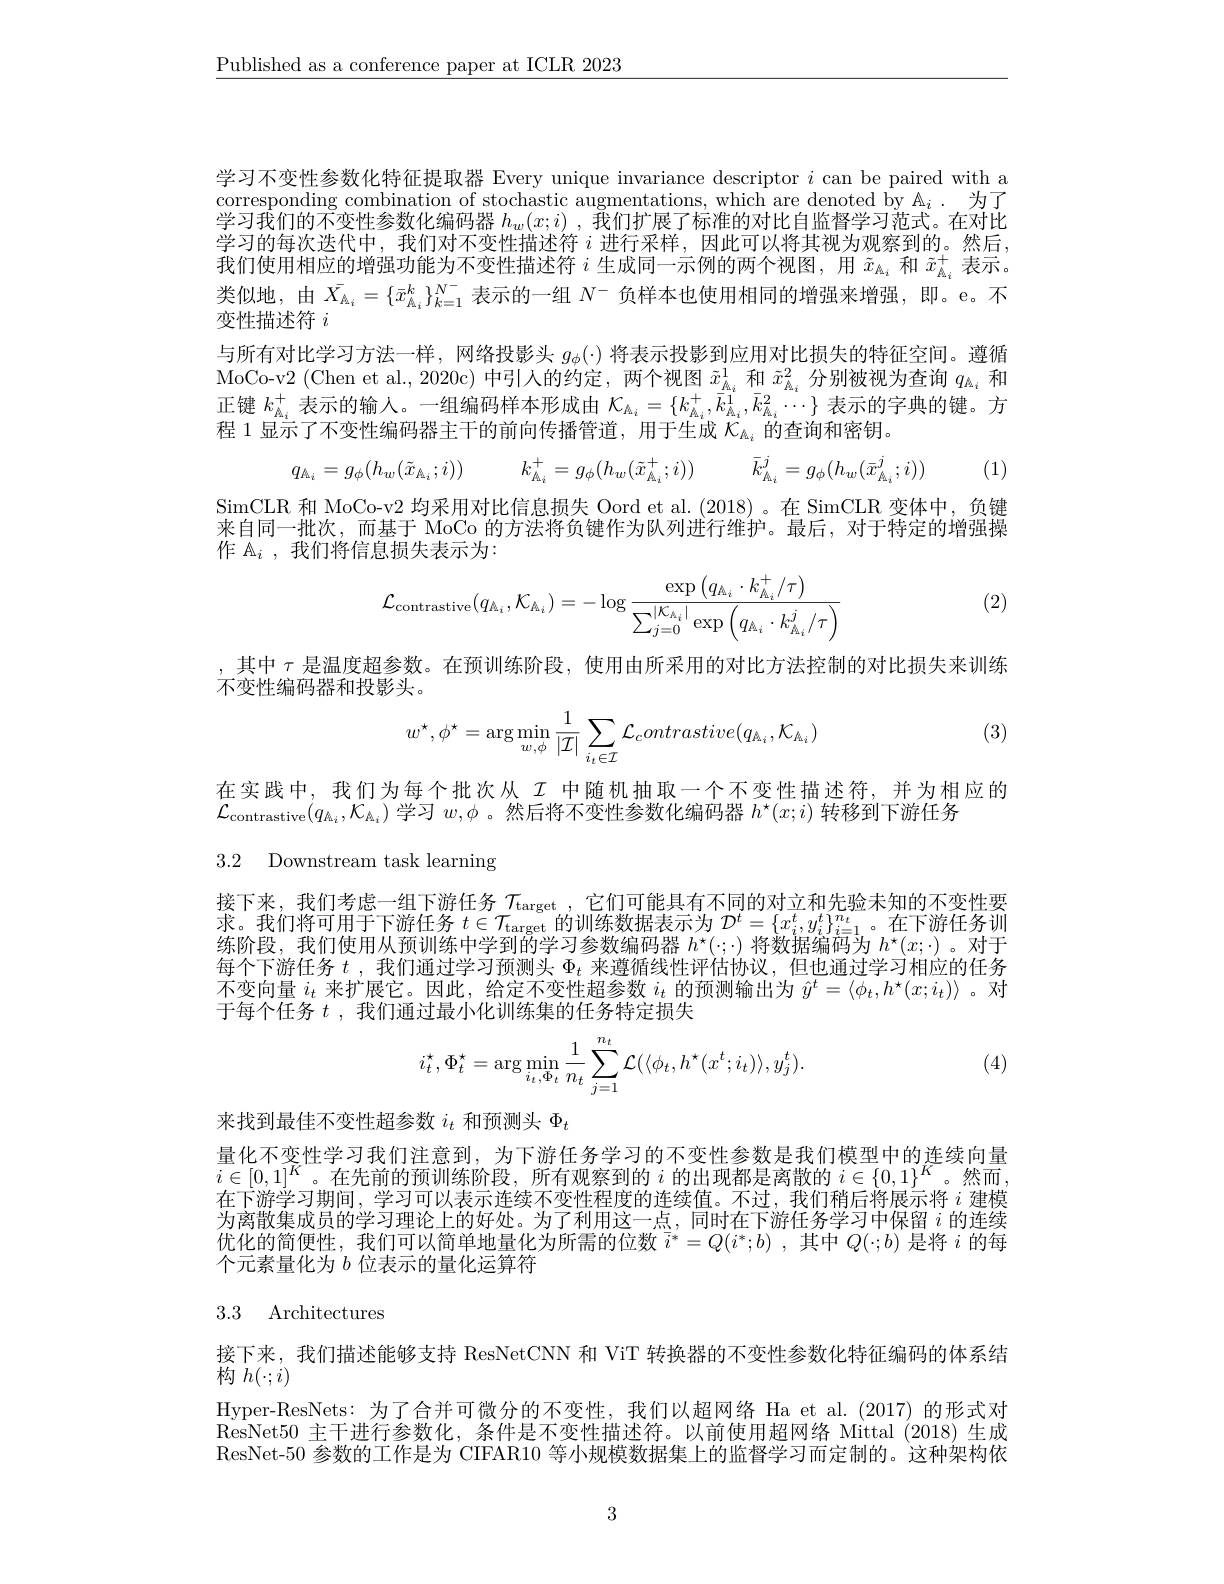
$\underline{\text{Published as a conference paper at ICLR 2023}}$

学习不变性参数化特征提取器 Every unique invariance descriptor $i$ can be paired with a corresponding combination of stochastic augmentations, which are denoted by A$_i$ . 为了$\bar{\text{学习我们的不变性参数化编码器 }h_w(x;i)},\bar{\text{我们扩展了标准的对比自监督学习范式。在对比}}$ 学习的每次迭代中，我们对不变性描述符$i$进行采样，因此可以将其视为观察到的。然后， 我们使用相应的增强功能为不变性描述符$i$生成同一示例的两个视图，用$\tilde{x}_{\Lambda_i}$和$\tilde{x}_{\Lambda_i}^+$表示。类似地，由$\bar{X}_{\Lambda_i}=\{\bar{x}_{\Lambda_i}^k\}_{k=1}^{N^-}$表示的一组$N^-$负样本也使用相同的增强来增强，即。e。不变性描述符$i$
与所有对比学习方法一样，网络投影头$g_\phi(\cdot)$将表示投影到应用对比损失的特征空间。遵循MoCo-v2 (Chen et al.,2020c) 中引人的约定，两个视图$\tilde{x}_{\underline{A}_i}^1$和$\tilde{x}_{\underline{A}_i}^2$分别被视为查询$q_{\underline{A}_i}$和正键$k_{\hat{A}_i}^+$表示的输人。一组编码样本形成由$\mathcal{K}_{\hat{A}_i}=\{k_{\hat{A}_i}^+,\bar{\bar{k}}_{\hat{A}_i}^1,\bar{k}_{\hat{A}_i}^2\cdots\}$表示的字典的键。方程 1 显示了不变性编码器主干的前向传播管道，用于生成$\dot{\mathcal{C}}_{\mathcal{A}_i}$的查询和密钥。
$$q_{\mathbb{A}_{i}}=g_{\phi}(h_{w}(\tilde{x}_{\mathbb{A}_{i}};i))\quad k_{\mathbb{A}_{i}}^{+}=g_{\phi}(h_{w}(\tilde{x}_{\mathbb{A}_{i}}^{+};i))\quad\bar{k}_{\mathbb{A}_{i}}^{j}=g_{\phi}(h_{w}(\bar{x}_{\mathbb{A}_{i}}^{j};i))$$
(1)

SimCLR 和 MoCo-v2 均采用对比信息损失 Oord et al.(2018)。在 SimCLR 变体中，负键来自同一批次，而基于 MoCo 的方法将负键作为队列进行维护。最后，对于特定的增强操作$\mathbb{A}_i$ ,我们将信息损失表示为：
$$\mathcal{L}_{\text{contrastive}}(q_{\mathbb{A}_i},\mathcal{K}_{\mathbb{A}_i})=-\log\frac{\exp\left(q_{\mathbb{A}_i}\cdot k_{\mathbb{A}_i}^+/\tau\right)}{\sum_{j=0}^{|\mathcal{K}_{\mathbb{A}_i}|}\exp\left(q_{\mathbb{A}_i}\cdot k_{\mathbb{A}_i}^j/\tau\right)}$$
(2)

,其中$\tau$是温度超参数。在预训练阶段，使用由所采用的对比方法控制的对比损失来训练
不变性编码器和投影头。
$$w^{\star},\phi^{\star}=\arg\min_{w,\phi}\frac{1}{|\mathcal{I}|}\sum_{i_{t}\in\mathcal{I}}\mathcal{L}_{c}ontrastive(q_{\mathbb{A}_{i}},\mathcal{K}_{\mathbb{A}_{i}})$$
(3)

在实践中，我们为每个批次从$\mathcal{I}$中随机抽取一个不变性描述符，并为相应的
$\mathcal{L}_{\mathrm{contrastive}}(q_{\mathbb{A}_i},\mathcal{K}_{\mathbb{A}_i})$学习$w,\phi$ 。然后将不变性参数化编码器$h^\star(x;i)$转移到下游任务
3.2 Downstream task learning

接下来，我们考虑一组下游任务 $\tau_\mathrm{target}$ ,它们可能具有不同的对立和先验未知的不变性要是 企物海工用于一学任名$\pi_{\mathrm{t}}$ ,它们可能具有不同的对立和先验未知的不变性要求。我们将可用于下游任务$t\in\mathcal{T}_\text{target}$的训练数据表示为$\mathcal{D}^t=\{x_i^t,y_i^t\}_{i=1}^{n_t}$。在下游任务训东阶段，我们使用从预训练中学到的学习参数编码器$h^\star(;\cdot)$将数据编码为$h^\star(x;\cdot)$ 。对于每个下游任务$t$ ,我们通过学习预测头$\Phi_t$来遵循线性评估协议，但也通过学习相应的任务不变向量$i_t$来扩展它。因此，给定不变性超参数$i_t$的预测输出为$\hat{y}^t=\langle\phi_t,h^\star(x;i_t)\rangle$ 。对于每个任务$t$ ,我们通过最小化训练集的任务特定损失

(4)
$$i_t^\star,\Phi_t^\star=\arg\min_{i_t,\Phi_t}\frac{1}{n_t}\sum_{j=1}^{n_t}\mathcal{L}(\langle\phi_t,h^\star(x^t;i_t)\rangle,y_j^t).$$
来找到最佳不变性超参数$i_t$和预测头$\Phi_t$
量化不变性学习我们注意到，为下游任务学习的不变性参数是我们模型中的连续向量$i\in[0,1]^K$。在先前的预训练阶段，所有观察到的$i$的出现都是离散的$i\in\{0,1\}^K$。然而， 在下游学习期间，学习可以表示连续不变性程度的连续值。不过，我们稍后将展示将$i$建模为离散集成员的学习理论上的好处。为了利用这一点，同时在下游任务学习中保留$i$的连续优化的简便性，我们可以简单地量化为所需的位数$\overline{i}^*=Q(i^*;b)$ ,其中$Q(\cdot;b)$是将$i$的每个元素量化为$b$位表示的量化运算符

## 3.3 Architectures

接下来，我们描述能够支持 ResNetCNN 和 ViT 转换器的不变性参数化特征编码的体系结
$W$构$h(\cdot;i)$
Hyper-ResNets: 为了合并可微分的不变性，我们以超网络 Ha et al.(2017) 的形式对ResNet50 主干进行参数化，条件是不变性描述符。以前使用超网络 Mittal (2018) 生成ResNet-50 参数的工作是为 CIFAR10 等小规模数据集上的监督学习而定制的。这种架构依

3